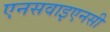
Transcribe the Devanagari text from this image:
एनसवाइएनसी